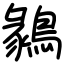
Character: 鶨